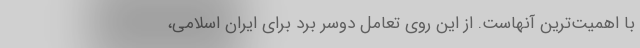
با اهمیت‌ترین آنهاست. از این روی تعامل دوسر بُرد برای ایران اسلامی،